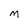
Character: D